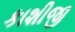
કાશીજી